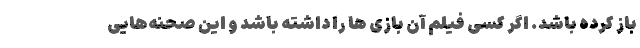
باز کرده باشد. اگر کسی فیلم آن بازی ها را داشته باشد و این صحنه‌هایی